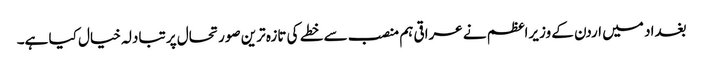
بغداد میں اردن کے وزیراعظم نے عراقی ہم منصب سے خطے کی تازہ ترین صورتحال پر تبادلہ خیال کیا ہے۔